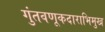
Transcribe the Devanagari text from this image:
गुंतवणूकदाराभिमुख